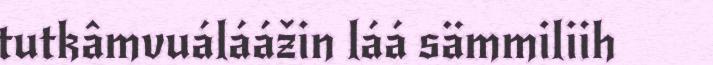
tutkâmvuáláážin láá sämmiliih